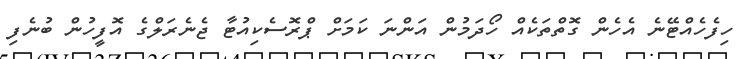
ހިފެހެއްޓޭނެ އެހެން ގޮތްތަކެއް ހޯދަމުން އަންނަ ކަމަށް ޕްރޮސެކިއުޓާ ޖެނެރަލްގެ އޮފީހުން ބުނެފި